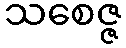
သစေဇ္ဇ